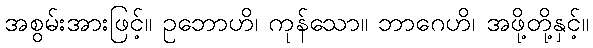
အစွမ်းအားဖြင့်။ ဥဘောဟိ၊ ကုန်သော။ ဘာဂေဟိ၊ အဖို့တို့နှင့်။